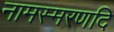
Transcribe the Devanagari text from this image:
नामस्मरणदि